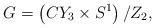
\begin{align*} G=\left(CY_3 \times S^1 \right)/ Z_2,\end{align*}